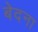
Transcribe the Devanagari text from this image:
बेदना